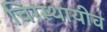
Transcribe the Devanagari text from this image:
चिरस्थायीव